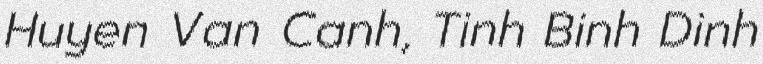
Huyen Van Canh, Tinh Binh Dinh